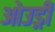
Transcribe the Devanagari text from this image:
ओउड्री